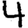
Digit: 4